Annual administration report of the Civil Veterinary Department of India - 1897-1898
Year: 1897
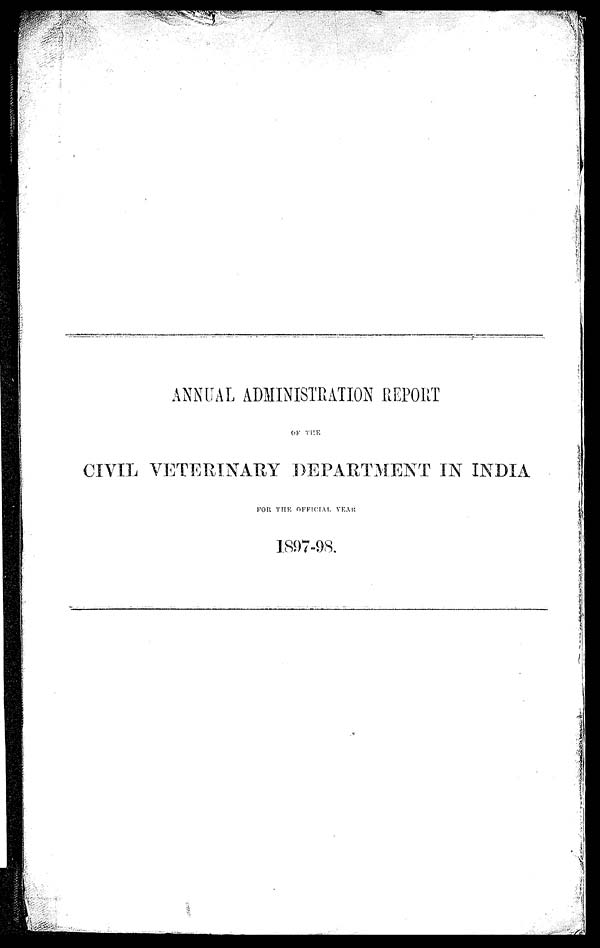
ANNUAL ADMINISTRATION REPORT
OF
THE
CIVIL VETERINARY DEPARTMENT IN INDIA
FOR THE OFFICIAL
YEAR
1897-98.